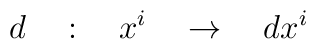
d\quad : \quad x^i\quad \rightarrow\quad dx^i